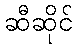
ဆီဆိုင်